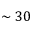
\sim 3 0